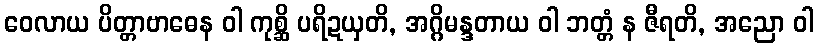
ဝေလာယ ပိတ္တာဗာဓေန ဝါ ကုစ္ဆိ ပရိဍယှတိ, အဂ္ဂိမန္ဒတာယ ဝါ ဘတ္တံ န ဇီရတိ, အညော ဝါ